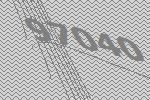
97040